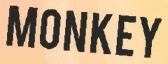
MONKEY